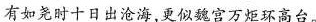
有如尧时十日出沧海，更似魏宫万炬环高台。